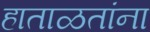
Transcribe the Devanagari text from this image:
हाताळतांना